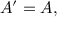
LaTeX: A ^ { \prime } = A ,